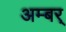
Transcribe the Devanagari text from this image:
अम्बर्